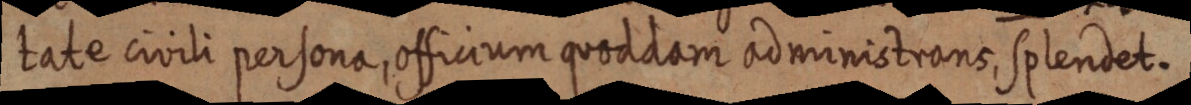
tate civili persona, officium quoddam administrans, splendet.